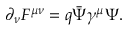
{ \partial } _ { \nu } { F } ^ { \mu \nu } = q \bar { \Psi } { \gamma } ^ { \mu } { \Psi } .